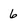
Character: 6